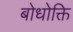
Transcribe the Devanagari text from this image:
बोधोक्ति